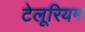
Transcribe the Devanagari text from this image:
टेलूरियम